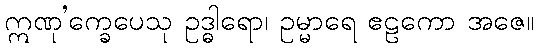
ဣဏု’က္ခေပေသု ဥဒ္ဓါရော၊ ဥမ္မာရေ ဧဠကော အဇေ။